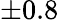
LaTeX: \pm 0.8